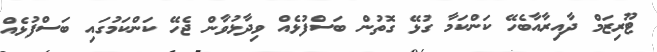
ޓޫރިޒަމް ދާއިރާއާބެހޭ ކަންކަމާ ގުޅޭ ގޮތުން ބަސްފުޅެއް ވިދާޅުވާން ޖެހޭ ކަންކަމުގައި ބަސްފުޅެއް